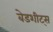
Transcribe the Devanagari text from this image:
बेडशीट्स